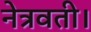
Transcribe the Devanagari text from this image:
नेत्रवती।